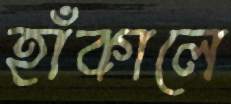
হাঁকালে